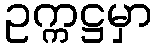
ဥက္ကဋ္ဌမှာ